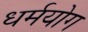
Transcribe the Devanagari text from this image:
धर्मयोग